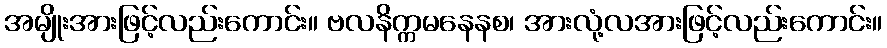
အမျိုးအားဖြင့်လည်းကောင်း။ ဗလနိက္ကမနေနစ၊ အားလုံ့လအားဖြင့်လည်းကောင်း။